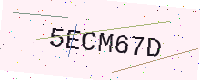
Text: 5ECM67D